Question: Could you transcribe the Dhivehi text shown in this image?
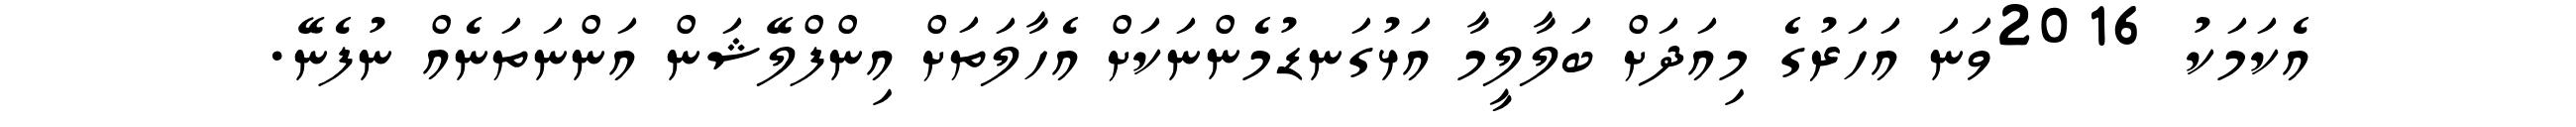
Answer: އެކަމަކު 2016ވަނަ އަހަރުގެ މިއަދަށް ބަލާލީމާ އަޅުގަނޑުމެންނަކަށް އެހާލަތަށް އިންފްލޭޝަން އަންނަތަނެއް ނުފެނޭ.